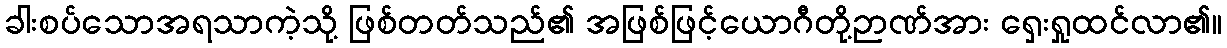
ခါးစပ်သောအရသာကဲ့သို့ ဖြစ်တတ်သည်၏ အဖြစ်ဖြင့်ယောဂီတို့ဉာဏ်အား ရှေးရှုထင်လာ၏။